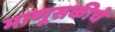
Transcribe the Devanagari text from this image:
माणूसकीचे